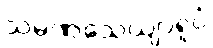
သမဏသေယျာရူပံ